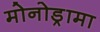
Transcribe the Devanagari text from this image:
मोनोड्रामा